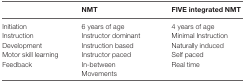
<table><thead><tr><td></td><td><b>NMT</b></td><td><b>FIVE integrated NMT</b></td></tr></thead><tbody><tr><td>Initiation</td><td>6 years of age</td><td>4 years of age</td></tr><tr><td>Instruction</td><td>Instructor dominant</td><td>Minimal Instruction</td></tr><tr><td>Development</td><td>Instruction based</td><td>Naturally induced</td></tr><tr><td>Motor skill learning</td><td>Instructor paced</td><td>Self paced</td></tr><tr><td rowspan="2">Feedback</td><td>In-between</td><td rowspan="2">Real time</td></tr><tr><td>Movements</td></tr></tbody></table>